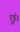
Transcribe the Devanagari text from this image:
छुं।